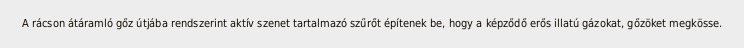
A rácson átáramló gőz útjába rendszerint aktív szenet tartalmazó szűrőt építenek be, hogy a képződő erős illatú gázokat, gőzöket megkösse.